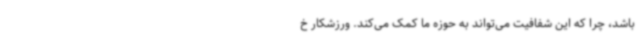
باشد، چرا که این شفافیت می‌تواند به حوزه ما کمک می‌کند. ورزشکار خ